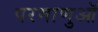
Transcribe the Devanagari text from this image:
परमाणुऑ